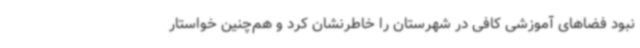
نبود فضاهای آموزشی کافی در شهرستان را خاطرنشان کرد و هم‌چنین خواستار